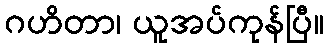
ဂဟိတာ၊ ယူအပ်ကုန်ပြီ။